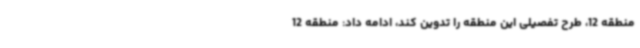
منطقه 12، طرح تفصیلی این منطقه را تدوین کند، ادامه داد: منطقه 12